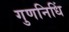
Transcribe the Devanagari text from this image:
गुणनिधिं